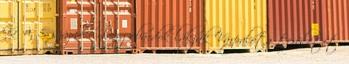
Kr. u. 5. század – Longobárdok lakják Várpalota területét.